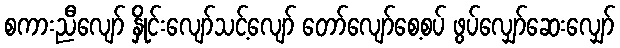
စကားညီလျော် နှိုင်းလျော်သင့်လျော် တော်လျော်စေ့စပ် ဖွပ်လျှော်ဆေးလျှော်